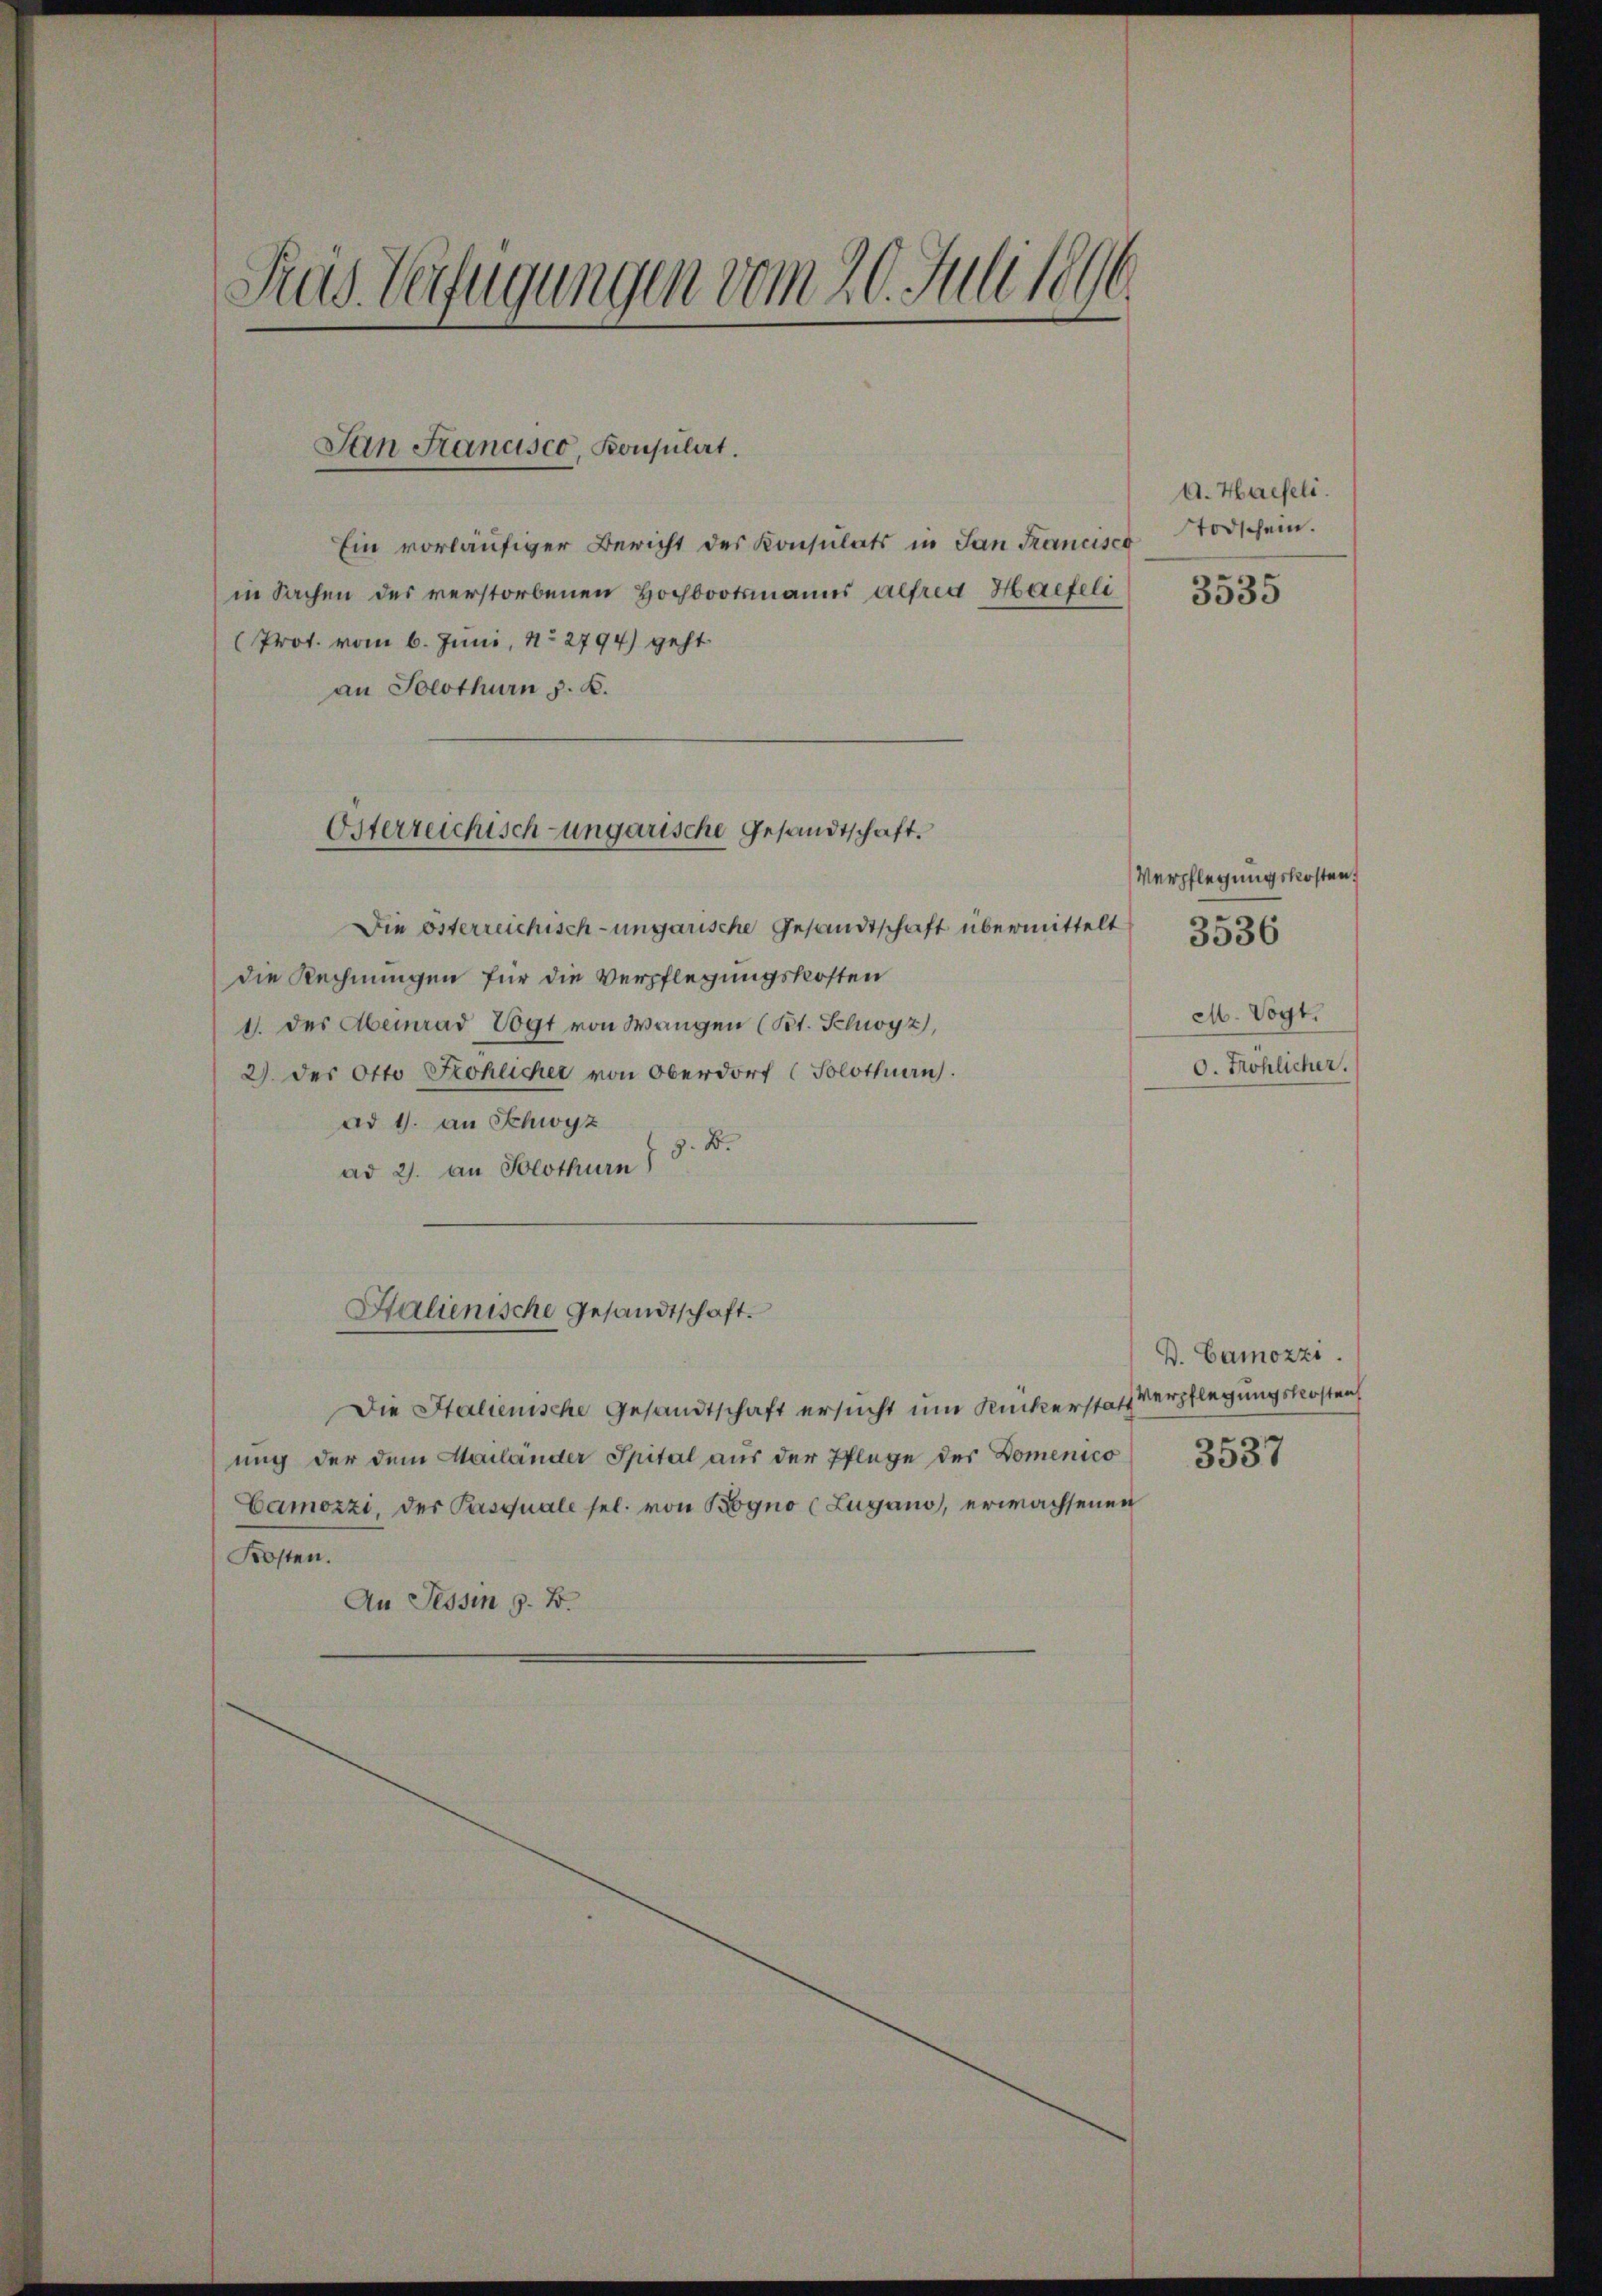
Fras Verfügungen vom 20. Juli 1896.

San Francisco Konsulirt.

Ein vorläufiger Bericht des Konsulats in San Francisco
in Sachen des verstorbenen Hochbootsmanns alfred Halfeli
(Prot. vom 6. Juni, No 2794) geht
an Solothurn z. B.
Die österreichisch-ungarische Gesandtschaft übermittelt
die Rechnungen für die Verpflegungskosten
1. des Abeinrad Vogt von Wangen (St. Schwyz,
2) der Otto Kohlicher von Oberdorf (Solothurn.
ad 1. an Schwyz
ad 2. An Solothurn 18. 8.
Halienische Gesandtschaft.
Die Stalienische Gesandtschaft ersucht um Rückerstatt Verpflegungskosten
ung der dem Mailänder Spital aŭs der Pflege des Domenico 3537
Camozzi, der Pasquale sel. von Bogno (Zugano, erwachsenen
Kosten.
An Tessin z. B.

Österreichisch-ungarische Gesandtschaft.

A. Haseli.
Todschein.
3535

Verpflegungskosten
M. Vogt.
0. Fröhlicher.

3536

D. Camozzi.